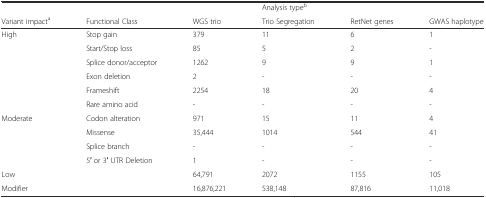
|  |  |  | Analysis typeb |  |  |
 | Variant impacta | Functional Class | WGS trio | Trio Segregation | RetNet genes | GWAS haplotype |
 | --- | --- | --- | --- | --- | --- |
 | High | Stop gain | 379 | 11 | 6 | 1 |
 |  | Start/Stop loss | 85 | 5 | 2 | - |
 |  | Splice donor/acceptor | 1262 | 9 | 9 | 1 |
 |  | Exon deletion | 2 | - | - | - |
 |  | Frameshift | 2254 | 18 | 20 | 4 |
 |  | Rare amino acid | - | - | - | - |
 | Moderate | Codon alteration | 971 | 15 | 11 | 4 |
 |  | Missense | 35,444 | 1014 | 544 | 41 |
 |  | Splice branch | - | - | - | - |
 |  | 5′ or 3′ UTR Deletion | 1 | - | - | - |
 | Low |  | 64,791 | 2072 | 1155 | 105 |
 | Modifier |  | 16,876,221 | 538,148 | 87,816 | 11,018 |